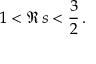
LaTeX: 1 < \Re \, s < \frac { 3 } { 2 } \, .